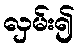
လှမ်း၍